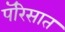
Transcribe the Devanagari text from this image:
पॅरिसात